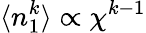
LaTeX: \langle n_{1}^{k}\rangle\propto\chi^{k-1}